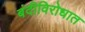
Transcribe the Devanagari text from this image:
बंदीविरोधात